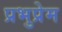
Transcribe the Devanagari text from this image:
प्रभुप्रेम